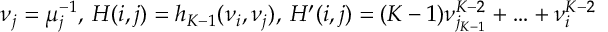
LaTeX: \nu _ { j } = \mu _ { j } ^ { - 1 } , \: H ( i , j ) = h _ { K - 1 } ( \nu _ { i } , \nu _ { j } ) , \: H ^ { \prime } ( i , j ) = ( K - 1 ) \nu _ { j _ { K - 1 } } ^ { K - 2 } + \ldots + \nu _ { i } ^ { K - 2 }